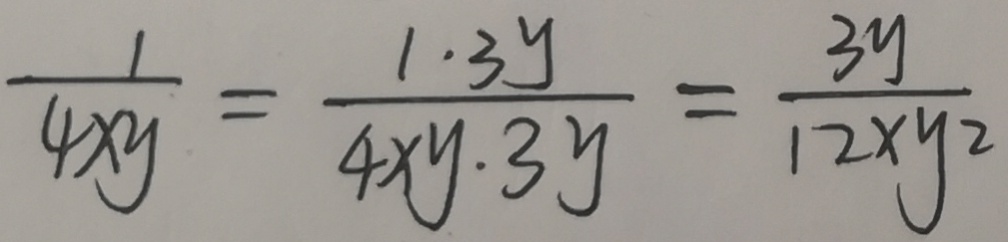
\frac { 1 } { 4 x y } = \frac { 1 \cdot 3 y } { 4 x y \cdot 3 y } = \frac { 3 y } { 1 2 x y 2 }